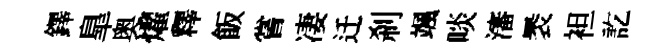
鐸臯奥燿釋飯嘗凄迁剎颯啖瀋褁袒訖